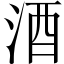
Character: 酒